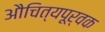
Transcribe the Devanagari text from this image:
औचित्यपूर्वक